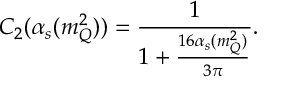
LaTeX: C _ { 2 } ( \alpha _ { s } ( m _ { Q } ^ { 2 } ) ) = \frac { 1 } { 1 + \frac { 1 6 \alpha _ { s } ( m _ { Q } ^ { 2 } ) } { 3 \pi } } .